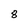
Character: 8